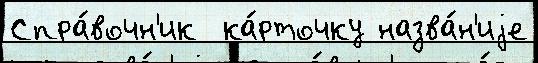
Спра́вочн'ик  ка́рточку назва́н'иjе